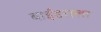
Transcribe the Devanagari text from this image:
बाईंडराला